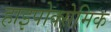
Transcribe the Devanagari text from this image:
हाइपोक्सेमिक